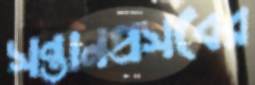
সন্তানপ্রসবের